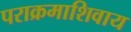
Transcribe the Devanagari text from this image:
पराक्रमाशिवाय